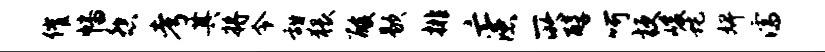
催幡怨考其将令甜猥酸歇排亡漶所醇呵梗峻蛇婢濡